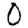
Digit: 0